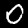
Digit: 0